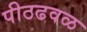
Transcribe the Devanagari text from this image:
पीठढवळ